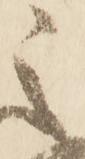
之